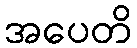
အပေတိ